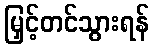
မြှင့်တင်သွားရန်